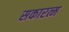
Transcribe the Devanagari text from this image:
सकारत्म